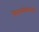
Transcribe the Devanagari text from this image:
विद्यार्थ्याच्याकलेने